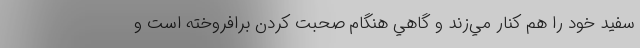
سفيد خود را هم كنار مي‌زند و گاهي هنگام صحبت كردن برافروخته است و